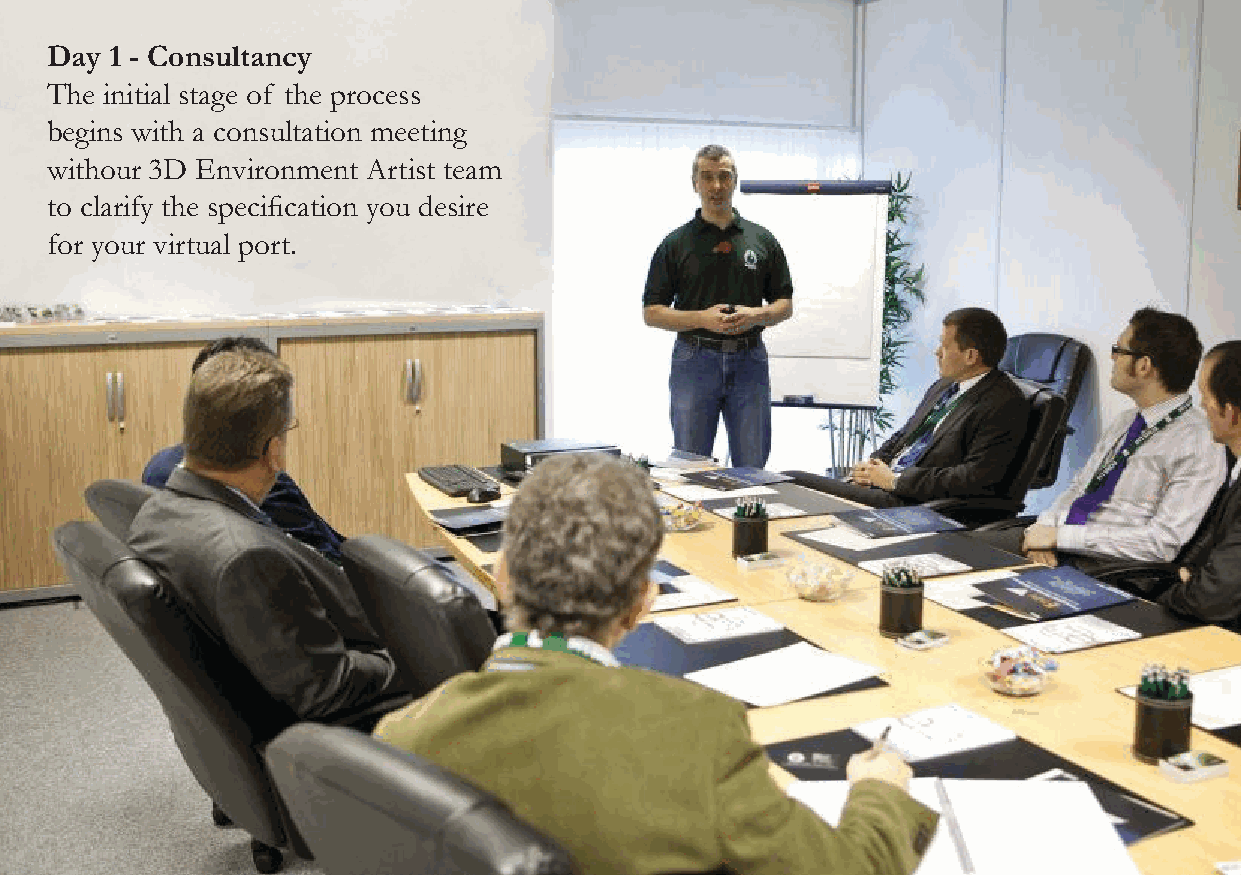
Day 1 - Consultancy
 The initial stage of the process
 begins with a consultation meeting
 withour 3D Environment Artist team
 to clarify the specification you desire
 for your virtual port.